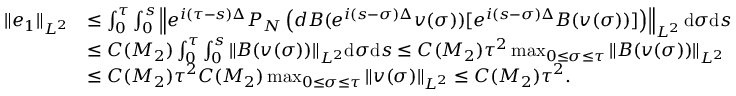
\begin{array} { r l } { \| e _ { 1 } \| _ { L ^ { 2 } } } & { \leq \int _ { 0 } ^ { \tau } \int _ { 0 } ^ { s } \left\| e ^ { i ( \tau - s ) \Delta } P _ { N } \left( d B ( e ^ { i ( s - \sigma ) \Delta } v ( \sigma ) ) [ e ^ { i ( s - \sigma ) \Delta } B ( v ( \sigma ) ) ] \right) \right\| _ { L ^ { 2 } } \mathrm { d } \sigma \mathrm { d } s } \\ & { \leq C ( M _ { 2 } ) \int _ { 0 } ^ { \tau } \int _ { 0 } ^ { s } \| B ( v ( \sigma ) ) \| _ { L ^ { 2 } } \mathrm { d } \sigma \mathrm { d } s \leq C ( M _ { 2 } ) \tau ^ { 2 } \operatorname* { m a x } _ { 0 \leq \sigma \leq \tau } \| B ( v ( \sigma ) ) \| _ { L ^ { 2 } } } \\ & { \leq C ( M _ { 2 } ) \tau ^ { 2 } C ( M _ { 2 } ) \operatorname* { m a x } _ { 0 \leq \sigma \leq \tau } \| v ( \sigma ) \| _ { L ^ { 2 } } \leq C ( M _ { 2 } ) \tau ^ { 2 } . } \end{array}